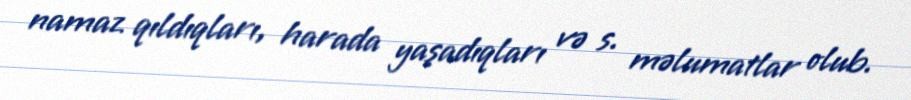
namaz qıldıqları, harada yaşadıqları və s. məlumatlar olub.